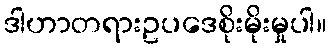
ဒါဟာတရားဥပဒေစိုးမိုးမှုပါ။